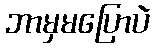
ဘာမှမပြောပဲ